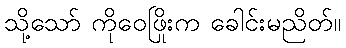
သို့သော် ကိုဝေဖြိုးက ခေါင်းမညိတ်။